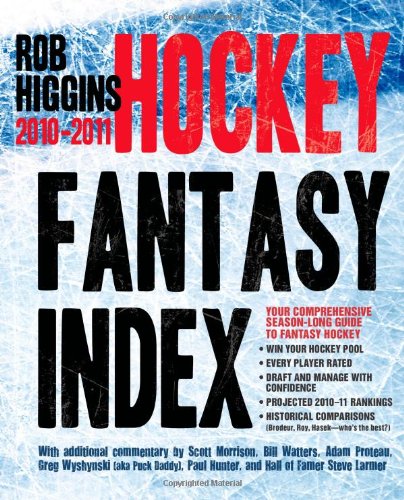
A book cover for Higgins Hockey Fantasy Index: 2010-2011; Rob Higgins; Humor & Entertainment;